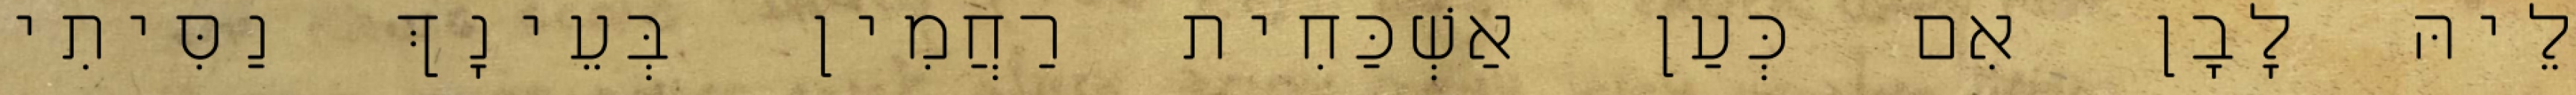
לֵיהּ לָבָן אִם כְּעַן אַשְׁכַּחִית רַחֲמִין בְּעֵינָךְ נַסִּיתִי